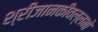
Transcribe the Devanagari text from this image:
श्रीजानकीवल्लभो